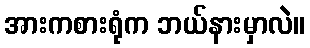
အားကစားရုံက ဘယ်နားမှာလဲ။